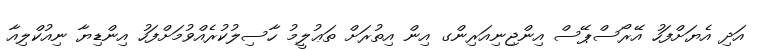
އަދި އެޔަށްފަހު އޭރޯސްޕޭސް އިންޖިނިއަރިންގ އިން އިތުރަށް ތަޢުލީމު ހާސިލުކުރެއްވުމަށްފަހު އިންޑިޔާ ނިއުކްލިއާ